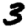
Digit: 3